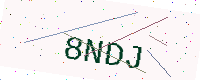
Text: 8NDJ